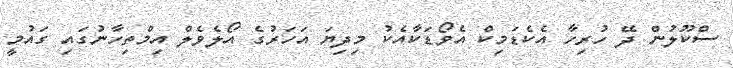
ސްކޫލުން ދޭ ހުރިހާ އެކެޑަމިކް އެވޯޑަކާއެކު މިދިޔަ އަހަރުގެ އޯލެވެލް އިމްތިހާނުގައި ގައުމީ